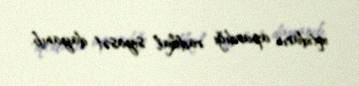
iqtidarın apardığı radikal siyasət dayanıb.